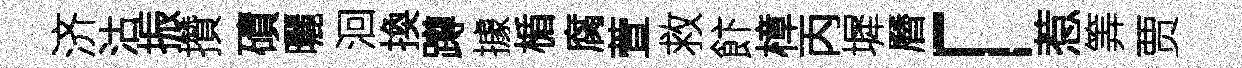
济沽振攢磧曬洄換蹲據楯腐萱救飰樟丙墀曆「惹筭贾